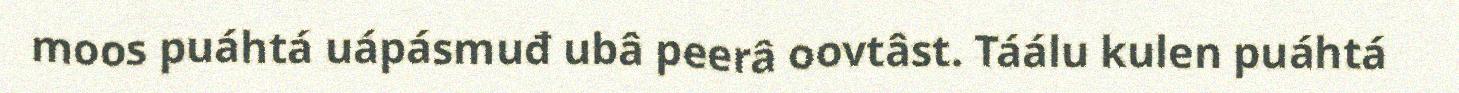
moos puáhtá uápásmuđ ubâ peerâ oovtâst. Táálu kulen puáhtá